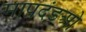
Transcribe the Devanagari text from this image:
मापदंडओ